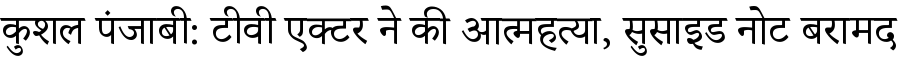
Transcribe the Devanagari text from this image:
कुशल पंजाबी: टीवी एक्टर ने की आत्महत्या, सुसाइड नोट बरामद